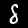
Label: 8